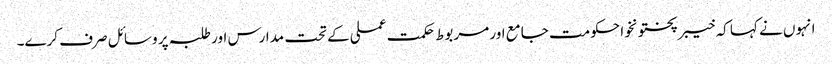
انہوں نے کہا کہ خیبرپختونخوا حکومت جامع اور مربوط حکمت عملی کے تحت مدارس اور طلبہ پر وسائل صرف کرے۔